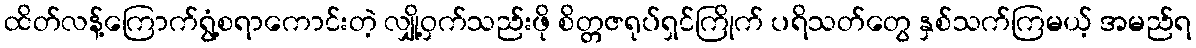
ထိတ်လန့်ကြောက်ရွံ့စရာကောင်းတဲ့ လျှို့ဝှက်သည်းဖို စိတ္တဇရုပ်ရှင်ကြိုက် ပရိသတ်တွေ နှစ်သက်ကြမယ့် အမည်ရ